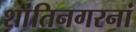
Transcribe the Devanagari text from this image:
शांतिनगरनां